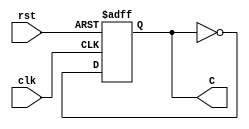
module r3_counter (
    input clk, rst,
    output reg C
);
    always @(negedge clk, posedge rst ) begin
       if (rst) C <= 1'd0;
       else C <= !(C) ;
    end  
endmodule